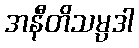
အနီတိသမ္ပဒါ